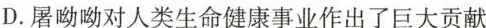
D.屠呦呦对人类生命健康事业作出了巨大贡献